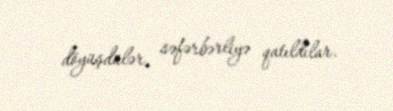
döyüşdülər, səfərbərliyə qatıldılar.